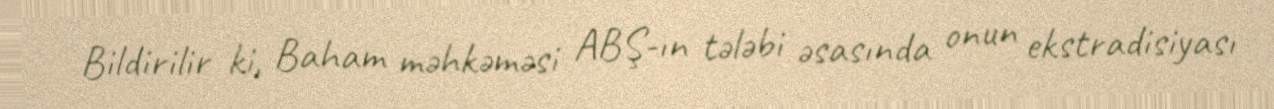
Bildirilir ki, Baham məhkəməsi ABŞ-ın tələbi əsasında onun ekstradisiyası